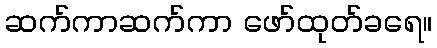
ဆက်ကာဆက်ကာ ဖော်ထုတ်ခရေ။